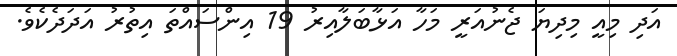
އަދި މިއީ މިދިޔަ ޖެނުއަރީ މަހާ އަޅާބަލާއިރު 19 އިންސައްތަ އިތުރު އަދަދެކެވެ.